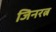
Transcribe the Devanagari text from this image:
जिनरत्न